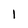
Character: 1